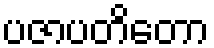
ပဇာပတိတော